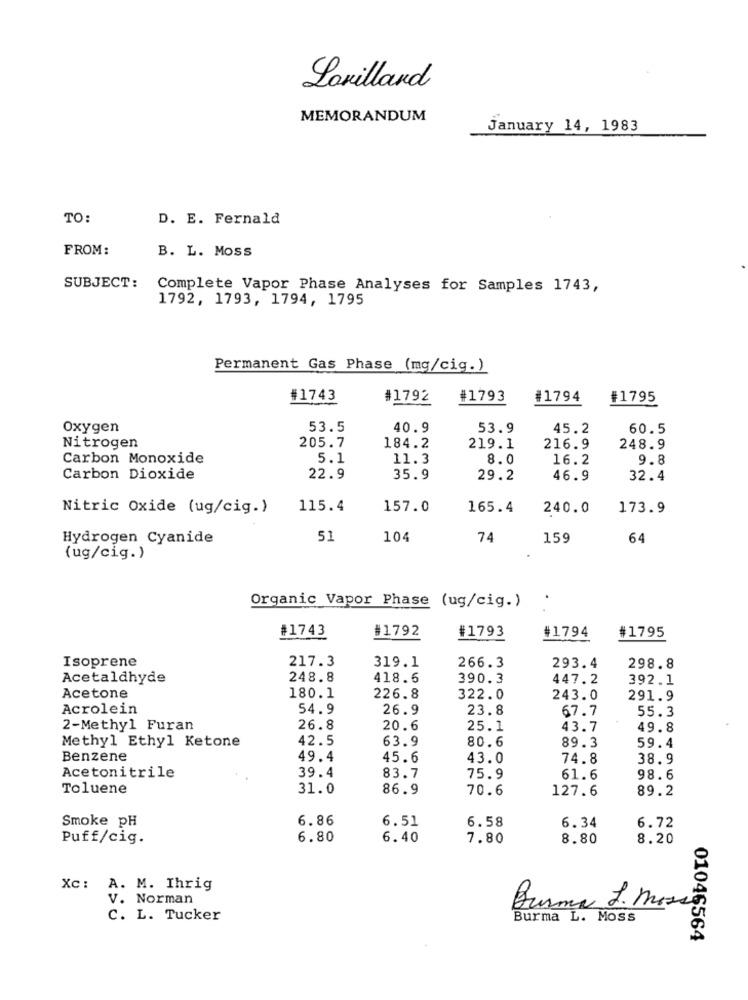
Lovillard
MEMORANDUM
January 14, 1983
TO:
D. E. Fernald
FROM:
B. L. MOSS
SUBJECT:
Complete Vapor Phase Analyses for Samples 1743,
1792, 1793, 1794, 1795
Permanent Gas Phase (mg/cig.)
#1743
#1792
#1793
#1794
#1795
Oxygen
53.5
40.9
53.9
45.2
60.5
205.7
Nitrogen
184.2
219.1
216.9
248.9
Carbon Monoxide
5.1
11.3
8.0
16.2
9.8
Carbon Dioxide
22.9
35.9
29.2
46.9
32.4
Nitric Oxide (ug/cig.)
115.4
157.0
165.4
240.0
173.9
Hydrogen Cyanide
51
104
74
159
64
(ug/cig.)
Organic Vapor Phase (ug/cig.)
#1743
#1792
#1793
#1794
#1795
Isoprene
217.3
319.1
266.3
293.4
298.8
Acetaldhyde
248.8
418.6
390.3
447.2
392.1
Acetone
180.1
226.8
322.0
243.0
291.9
Acrolein
54.9
26.9
23.8
67.7
55.3
2-Methyl Furan
26.8
20.6
25.1
43.7
49.8
Methyl Ethyl Ketone
42.5
63.9
80.6
89.3
59.4
Benzene
49.4
45.6
43.0
74.8
38.9
Acetonitrile
39.4
83.7
75.9
61.6
98.6
Toluene
31.0
86.9
70.6
127.6
89.2
Smoke pH
6.86
6.51
6.58
6.72
6.34
Puff/cig.
6.80
6.40
7.80
8.80
8.20
Xc: A. M. Ihrig
V. Norman
Burma L. Moss
C. L. Tucker
Burma L. Moss
01046564